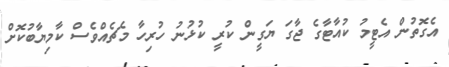
އެގޮތުން އެޓީމު ކުއާޓާގެ ޖާގަ ޔަގީން ކުރީ ކުޅުނު ހުރިހާ މެޗެއްވެސް ކާމިޔާބުކޮށް